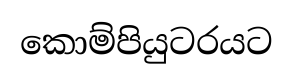
කොම්පියුටරයට